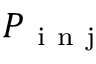
P _ { \mathrm { ~ i ~ n ~ j ~ } }